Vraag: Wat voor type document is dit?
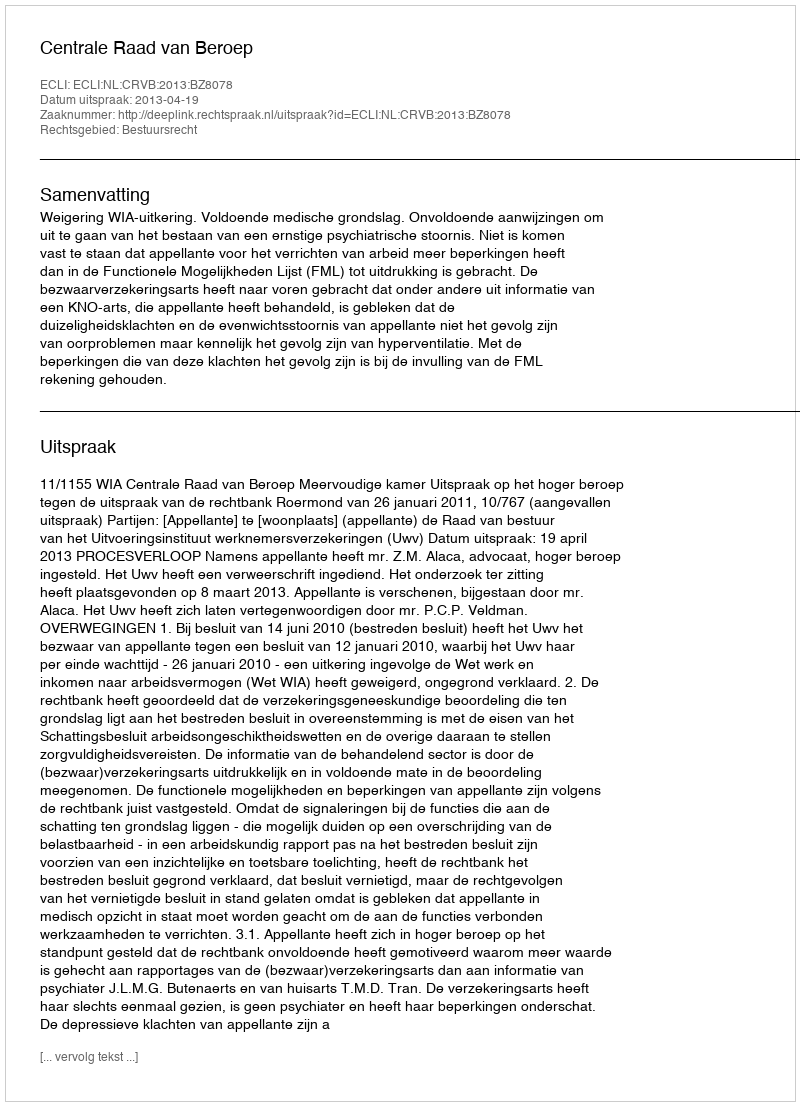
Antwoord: Uitspraak